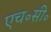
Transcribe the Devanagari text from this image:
एच॰सी॰